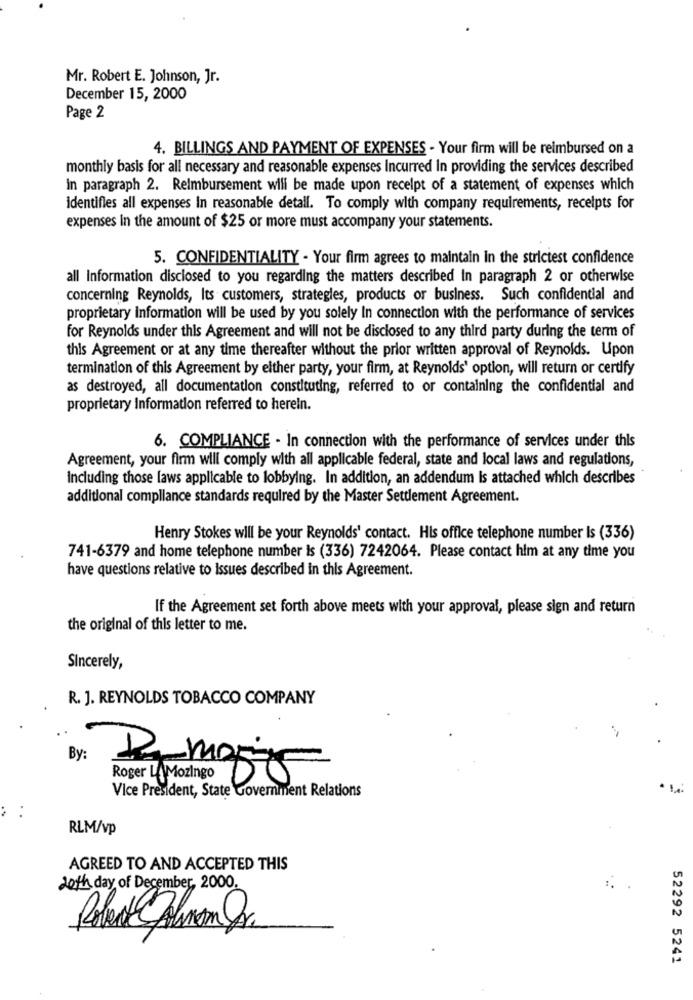
Mr. Robert E. Johnson, Jr.
December 15, 2000
Page 2
4. BILLINGS AND PAYMENT OF EXPENSES - Your firm will be reimbursed on a
monthly basis for all necessary and reasonable expenses Incurred in providing the services described
in paragraph 2. Reimbursement will be made upon receipt of a statement of expenses which
identifies all expenses In reasonable detall. To comply with company requirements, receipts for
expenses In the amount of $25 or more must accompany your statements.
5. CONFIDENTIALITY - Your firm agrees to maintain in the strictest confidence
all Information disclosed to you regarding the matters described In paragraph 2 or otherwise
concerning Reynolds, Its customers, strategies, products or business. Such confidential and
proprietary information will be used by you solely In connection with the performance of services
for Reynolds under this Agreement and will not be disclosed to any third party during the term of
this Agreement or at any time thereafter without the prior written approval of Reynolds. Upon
termination of this Agreement by either party, your firm, at Reynolds' option, will return or certify
as destroyed, all documentation constituting, referred to or containing the confidential and
proprietary Information referred to herein.
6. COMPLIANCE - In connection with the performance of services under this
Agreement, your firm will comply with all applicable federal, state and local laws and regulations,
including those laws applicable to lobbying. In addition, an addendum is attached which describes
additional compliance standards required by the Master Settlement Agreement.
Henry Stokes will be your Reynolds' contact. His office telephone number Is (336)
741-6379 and home telephone number is (336) 7242064. Please contact him at any time you
have questions relative to Issues described in this Agreement.
If the Agreement set forth above meets with your approval, please sign and return
the original of this letter to me.
Sincerely,
R. J. REYNOLDS TOBACCO COMPANY
By:
Roger 4 Mozingo 05
Vice President, State Government Relations
:
RLM/vp
AGREED TO AND ACCEPTED THIS
Joth day of December, 2000.
52292 5241